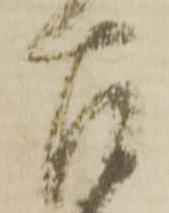
左